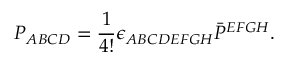
P _ { A B C D } = \frac { 1 } { 4 ! } \epsilon _ { A B C D E F G H } \bar { P } ^ { E F G H } .